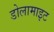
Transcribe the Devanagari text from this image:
डोलामाइट